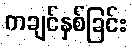
ကချင်နှစ်ခြင်း